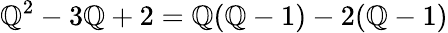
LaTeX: \mathbb{Q}^{2}-3\mathbb{Q}+2=\mathbb{Q}(\mathbb{Q}-1)-2(\mathbb{Q}-1)